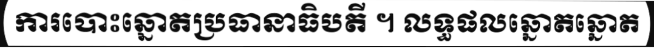
ការបោះឆ្នោតប្រធានាធិបតី ។ លទ្ធផលឆ្នោតឆ្នោត